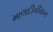
માલદીવીયન